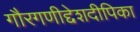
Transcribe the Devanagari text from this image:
गौरगणीद्देशदीपिका